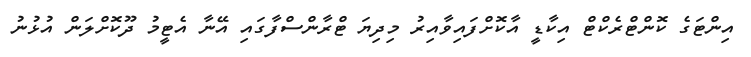
އިންޓަގެ ކޮންޓްރެކްޓް އިކާޑީ އާކޮށްފައިވާއިރު މިދިޔަ ޓްރާންސްފާގައި އޭނާ އެޓީމު ދޫކޮށްލަން އުޅުނު